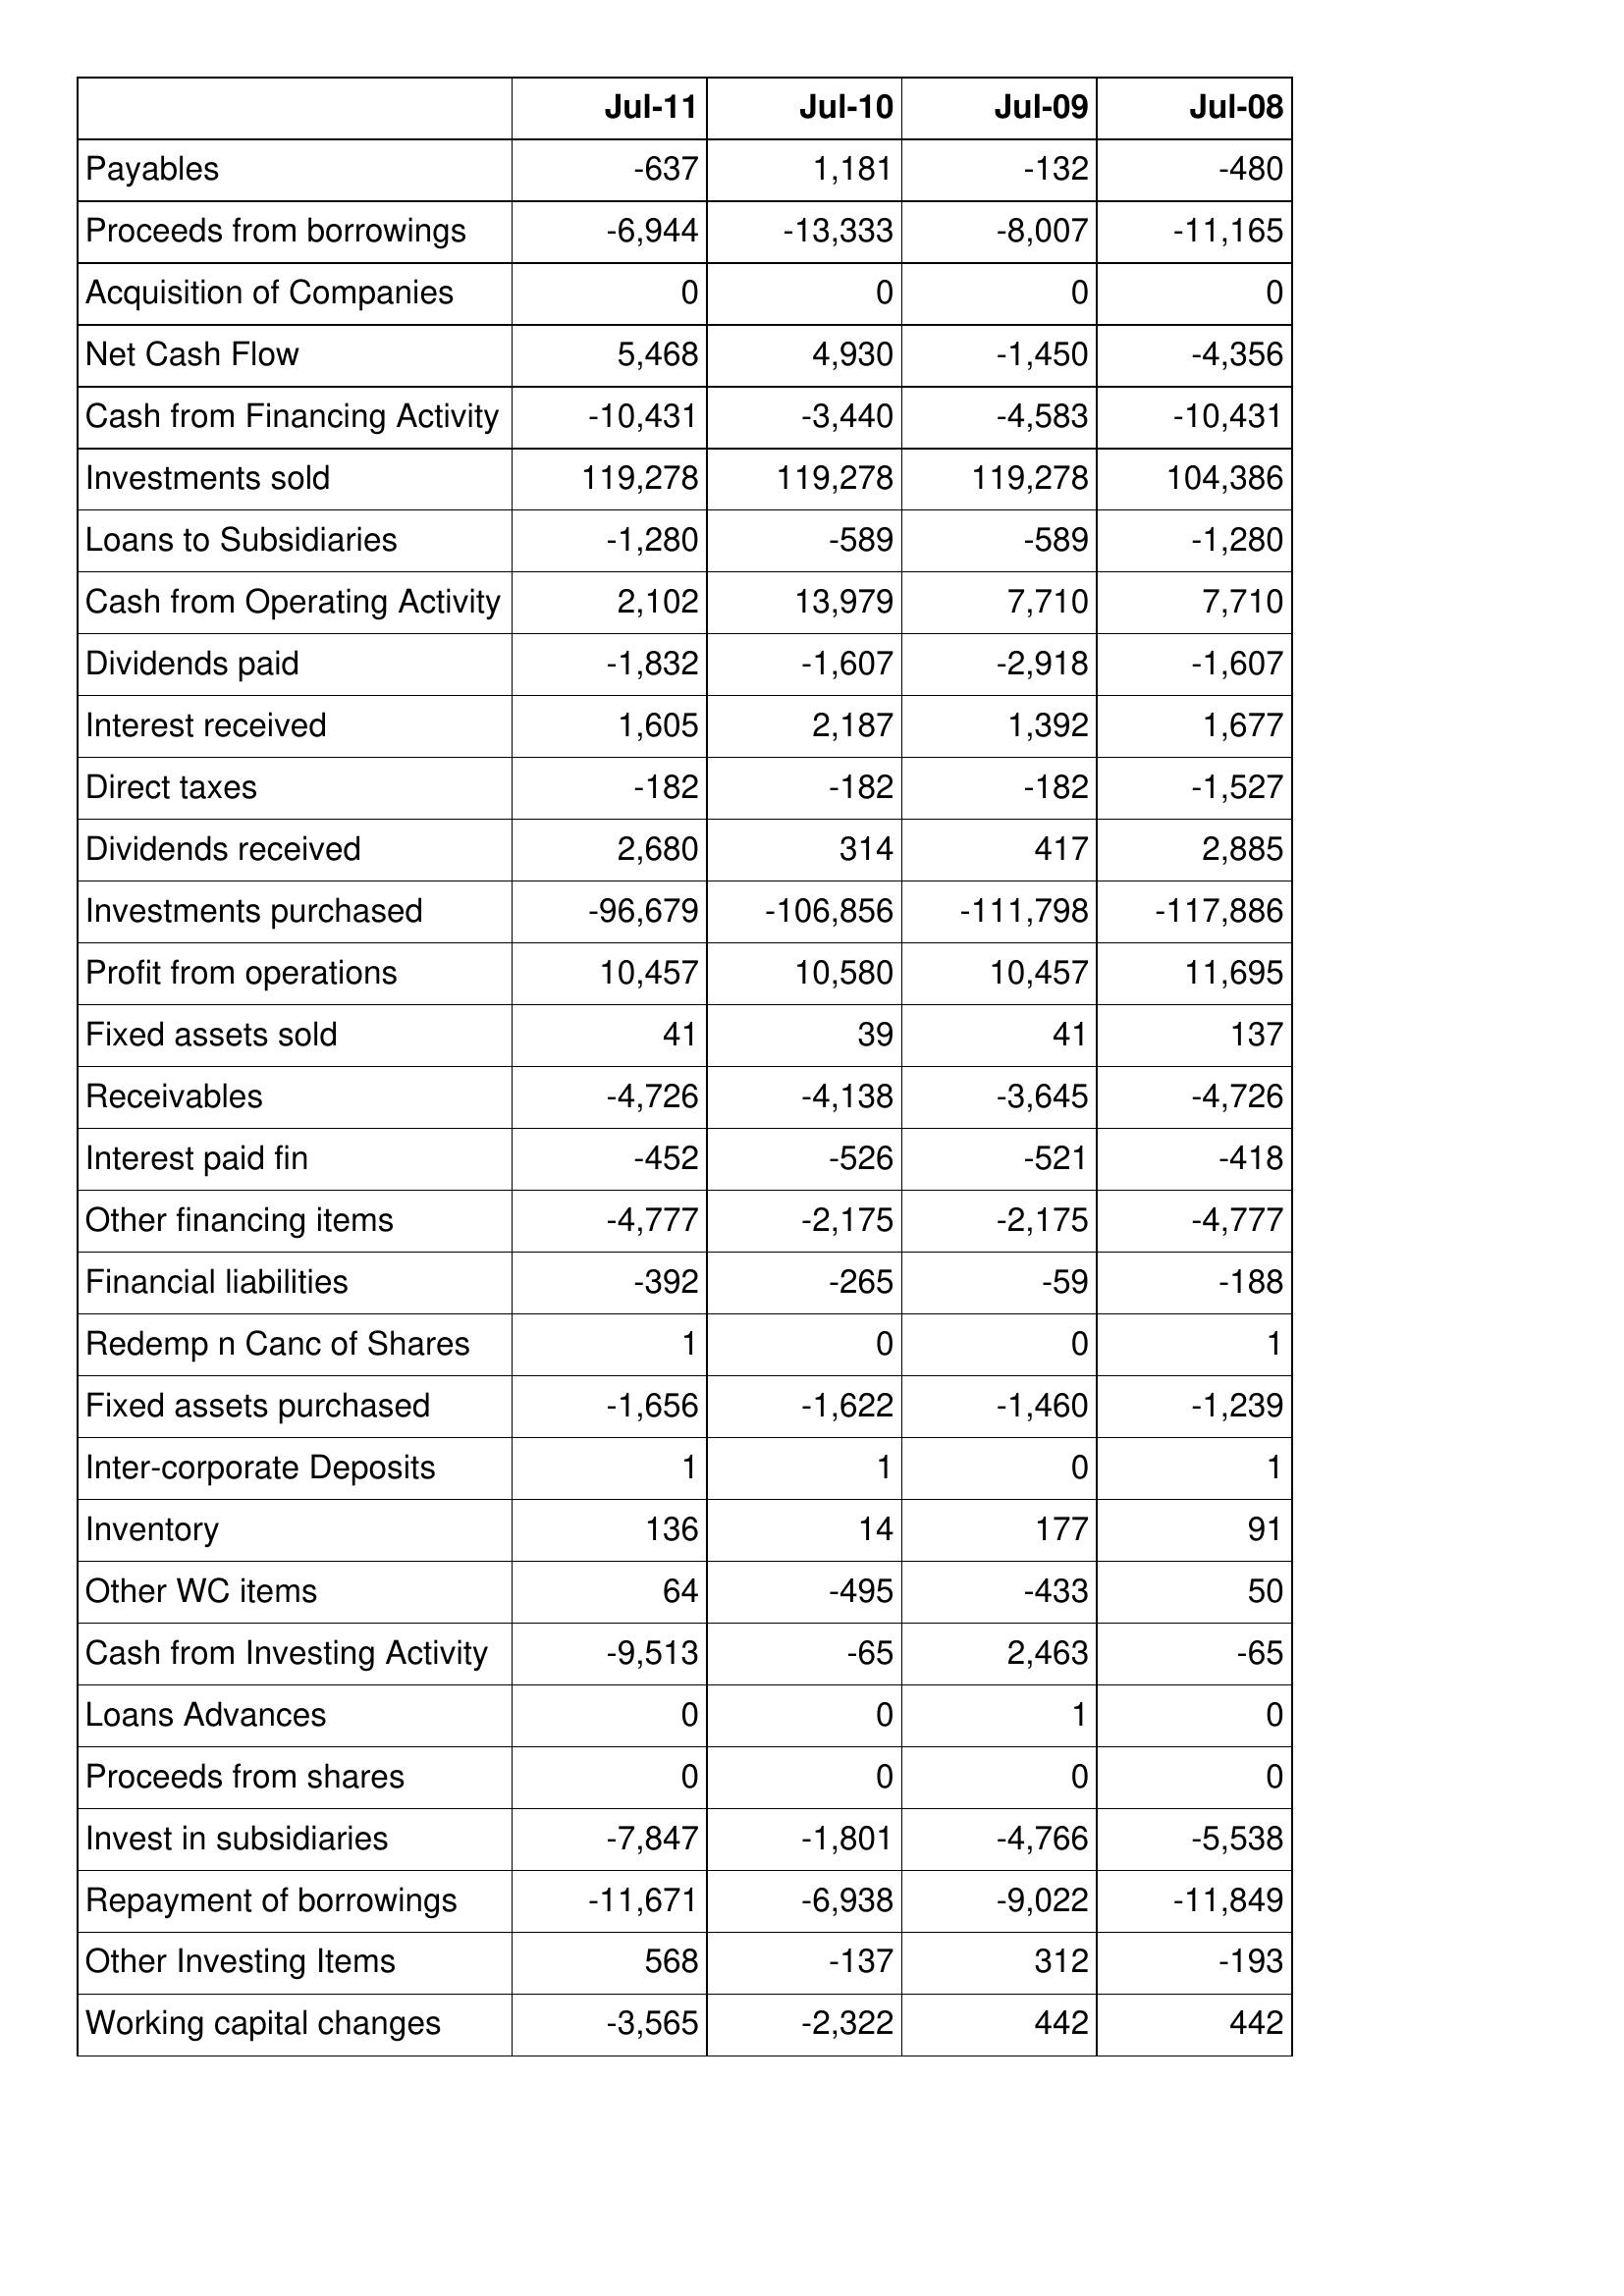
Jul-11: Cash Flows: Payables: -637
Proceeds from borrowings: -6,944
Acquisition of Companies: 0
Net Cash Flow: 5,468
Cash from Financing Activity: -10,431
Investments sold: 119,278
Loans to Subsidiaries: -1,280
Cash from Operating Activity: 2,102
Dividends paid: -1,832
Interest received: 1,605
Direct taxes: -182
Dividends received: 2,680
Investments purchased: -96,679
Profit from operations: 10,457
Fixed assets sold: 41
Receivables: -4,726
Interest paid fin: -452
Other financing items: -4,777
Financial liabilities: -392
Redemp n Canc of Shares: 1
Fixed assets purchased: -1,656
Inter-corporate Deposits: 1
Inventory: 136
Other WC items: 64
Cash from Investing Activity: -9,513
Loans Advances: 0
Proceeds from shares: 0
Invest in subsidiaries: -7,847
Repayment of borrowings: -11,671
Other Investing Items: 568
Working capital changes: -3,565
Jul-10: Cash Flows: Payables: 1,181
Proceeds from borrowings: -13,333
Acquisition of Companies: 0
Net Cash Flow: 4,930
Cash from Financing Activity: -3,440
Investments sold: 119,278
Loans to Subsidiaries: -589
Cash from Operating Activity: 13,979
Dividends paid: -1,607
Interest received: 2,187
Direct taxes: -182
Dividends received: 314
Investments purchased: -106,856
Profit from operations: 10,580
Fixed assets sold: 39
Receivables: -4,138
Interest paid fin: -526
Other financing items: -2,175
Financial liabilities: -265
Redemp n Canc of Shares: 0
Fixed assets purchased: -1,622
Inter-corporate Deposits: 1
Inventory: 14
Other WC items: -495
Cash from Investing Activity: -65
Loans Advances: 0
Proceeds from shares: 0
Invest in subsidiaries: -1,801
Repayment of borrowings: -6,938
Other Investing Items: -137
Working capital changes: -2,322
Jul-09: Cash Flows: Payables: -132
Proceeds from borrowings: -8,007
Acquisition of Companies: 0
Net Cash Flow: -1,450
Cash from Financing Activity: -4,583
Investments sold: 119,278
Loans to Subsidiaries: -589
Cash from Operating Activity: 7,710
Dividends paid: -2,918
Interest received: 1,392
Direct taxes: -182
Dividends received: 417
Investments purchased: -111,798
Profit from operations: 10,457
Fixed assets sold: 41
Receivables: -3,645
Interest paid fin: -521
Other financing items: -2,175
Financial liabilities: -59
Redemp n Canc of Shares: 0
Fixed assets purchased: -1,460
Inter-corporate Deposits: 0
Inventory: 177
Other WC items: -433
Cash from Investing Activity: 2,463
Loans Advances: 1
Proceeds from shares: 0
Invest in subsidiaries: -4,766
Repayment of borrowings: -9,022
Other Investing Items: 312
Working capital changes: 442
Jul-08: Cash Flows: Payables: -480
Proceeds from borrowings: -11,165
Acquisition of Companies: 0
Net Cash Flow: -4,356
Cash from Financing Activity: -10,431
Investments sold: 104,386
Loans to Subsidiaries: -1,280
Cash from Operating Activity: 7,710
Dividends paid: -1,607
Interest received: 1,677
Direct taxes: -1,527
Dividends received: 2,885
Investments purchased: -117,886
Profit from operations: 11,695
Fixed assets sold: 137
Receivables: -4,726
Interest paid fin: -418
Other financing items: -4,777
Financial liabilities: -188
Redemp n Canc of Shares: 1
Fixed assets purchased: -1,239
Inter-corporate Deposits: 1
Inventory: 91
Other WC items: 50
Cash from Investing Activity: -65
Loans Advances: 0
Proceeds from shares: 0
Invest in subsidiaries: -5,538
Repayment of borrowings: -11,849
Other Investing Items: -193
Working capital changes: 442